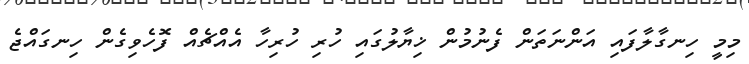
މިމީ ހިނގާލާފައި އަންނަތަން ފެނުމުން ޚިޔާލުގައި ހުރި ހުރިހާ އެއްޗެއް ފޮހެވިގެން ހިނގައްޖެ